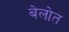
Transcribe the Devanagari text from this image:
बेलोत